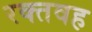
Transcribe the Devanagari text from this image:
रक्तवह